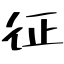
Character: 征